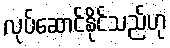
လုပ်ဆောင်နိုင်သည်ဟု